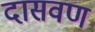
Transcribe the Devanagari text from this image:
दासवण